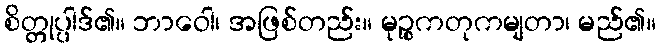
စိတ္တုပ္ပါဒ်၏။ ဘာဝေါ၊ အဖြစ်တည်း။ မုဉ္စကတုကမျတာ၊ မည်၏။